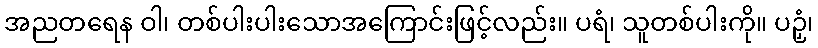
အညတရေန ဝါ၊ တစ်ပါးပါးသောအကြောင်းဖြင့်လည်း။ ပရံ၊ သူတစ်ပါးကို။ ပဉှံ၊